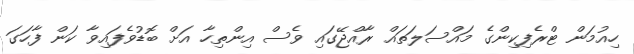
ހިއުމަން ޓްރެފިކިންގެ މައްސަލަތައް ރާއްޖޭގައި ވެސް އިންތިހާ އަށް ބޮޑުވެފައިވާ ކަން ފާހަގަ